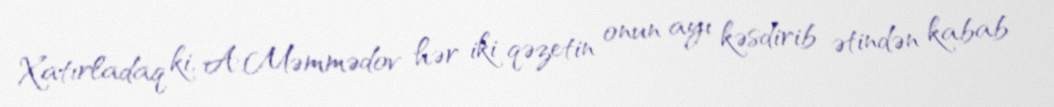
Xatırladaq ki, A.Məmmədov hər iki qəzetin onun ayı kəsdirib ətindən kabab